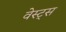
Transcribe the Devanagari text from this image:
वेस्ट्स